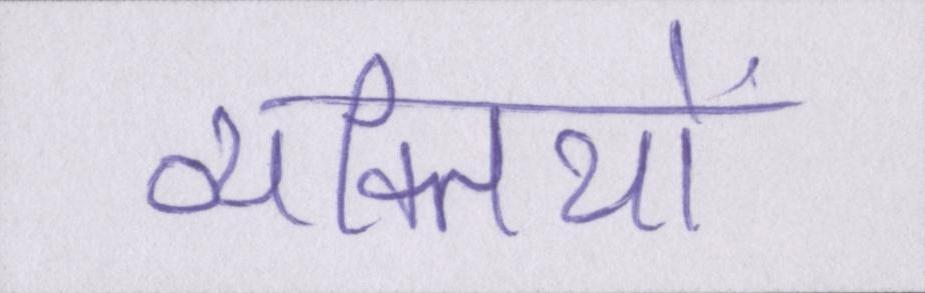
व्यक्तियों